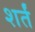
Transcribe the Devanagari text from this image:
शर्तं